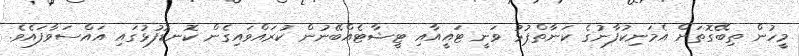
މީހުން ތިބޭގޮތަށް އެމަނިކުފާނުގެ ކަނާތްޕުޅު ވަނީ ޓައީއާއި ޓީޝާޓެއްބޭނުން ކުރައްވައިގެން ކޮނޑުފުޅުގައި އައްސަވާފައެވެ.